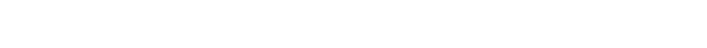
တစ်ခါမှမပြဖူးဘူးခင်ဗျာ၊ ကျွန်တော်က အမေ့ကို အသက်အာမခံလဲ လုပ်ထားတာဆိုတော့